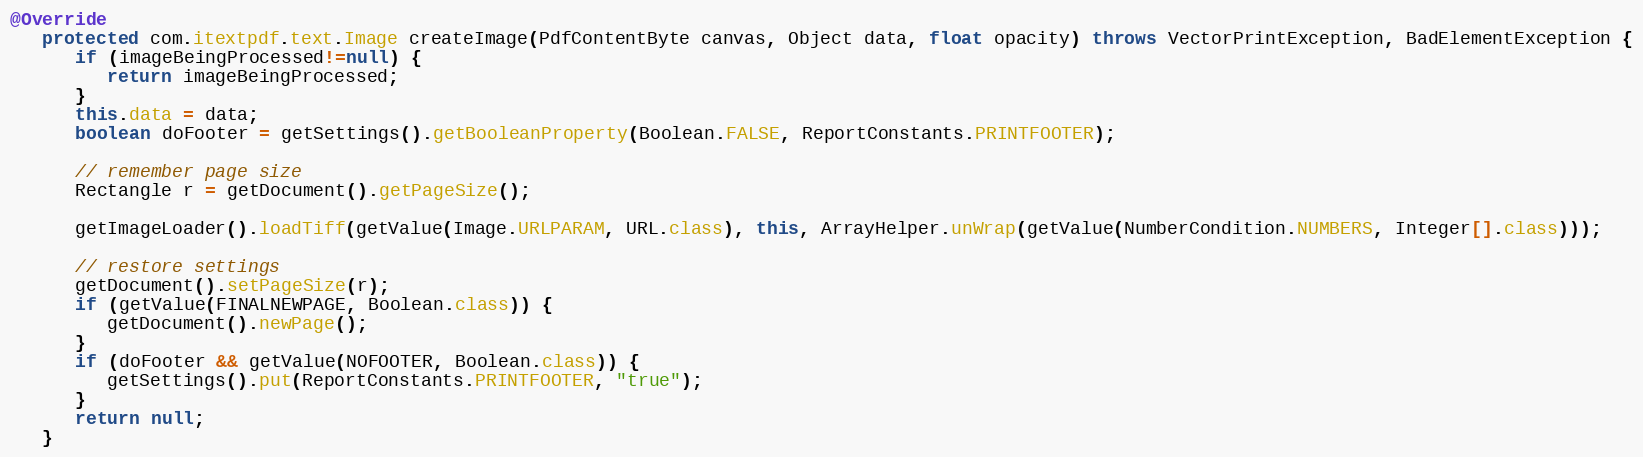
Language: Java
@Override
   protected com.itextpdf.text.Image createImage(PdfContentByte canvas, Object data, float opacity) throws VectorPrintException, BadElementException {
      if (imageBeingProcessed!=null) {
         return imageBeingProcessed;
      }
      this.data = data;
      boolean doFooter = getSettings().getBooleanProperty(Boolean.FALSE, ReportConstants.PRINTFOOTER);

      // remember page size
      Rectangle r = getDocument().getPageSize();

      getImageLoader().loadTiff(getValue(Image.URLPARAM, URL.class), this, ArrayHelper.unWrap(getValue(NumberCondition.NUMBERS, Integer[].class)));

      // restore settings
      getDocument().setPageSize(r);
      if (getValue(FINALNEWPAGE, Boolean.class)) {
         getDocument().newPage();
      }
      if (doFooter && getValue(NOFOOTER, Boolean.class)) {
         getSettings().put(ReportConstants.PRINTFOOTER, "true");
      }
      return null;
   }